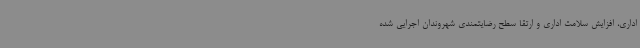
اداری، افزایش سلامت اداری و ارتقا سطح رضایتمندی شهروندان اجرایی شده